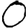
Digit: 0